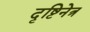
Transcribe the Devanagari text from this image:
दृष्टिनेत्र